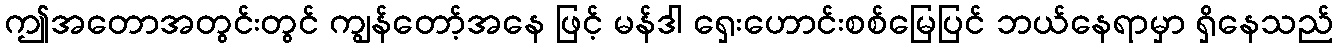
ဤအတောအတွင်းတွင် ကျွန်တော့်အနေ ဖြင့် မန်ဒါ ရှေးဟောင်းစစ်မြေပြင် ဘယ်နေရာမှာ ရှိနေသည်